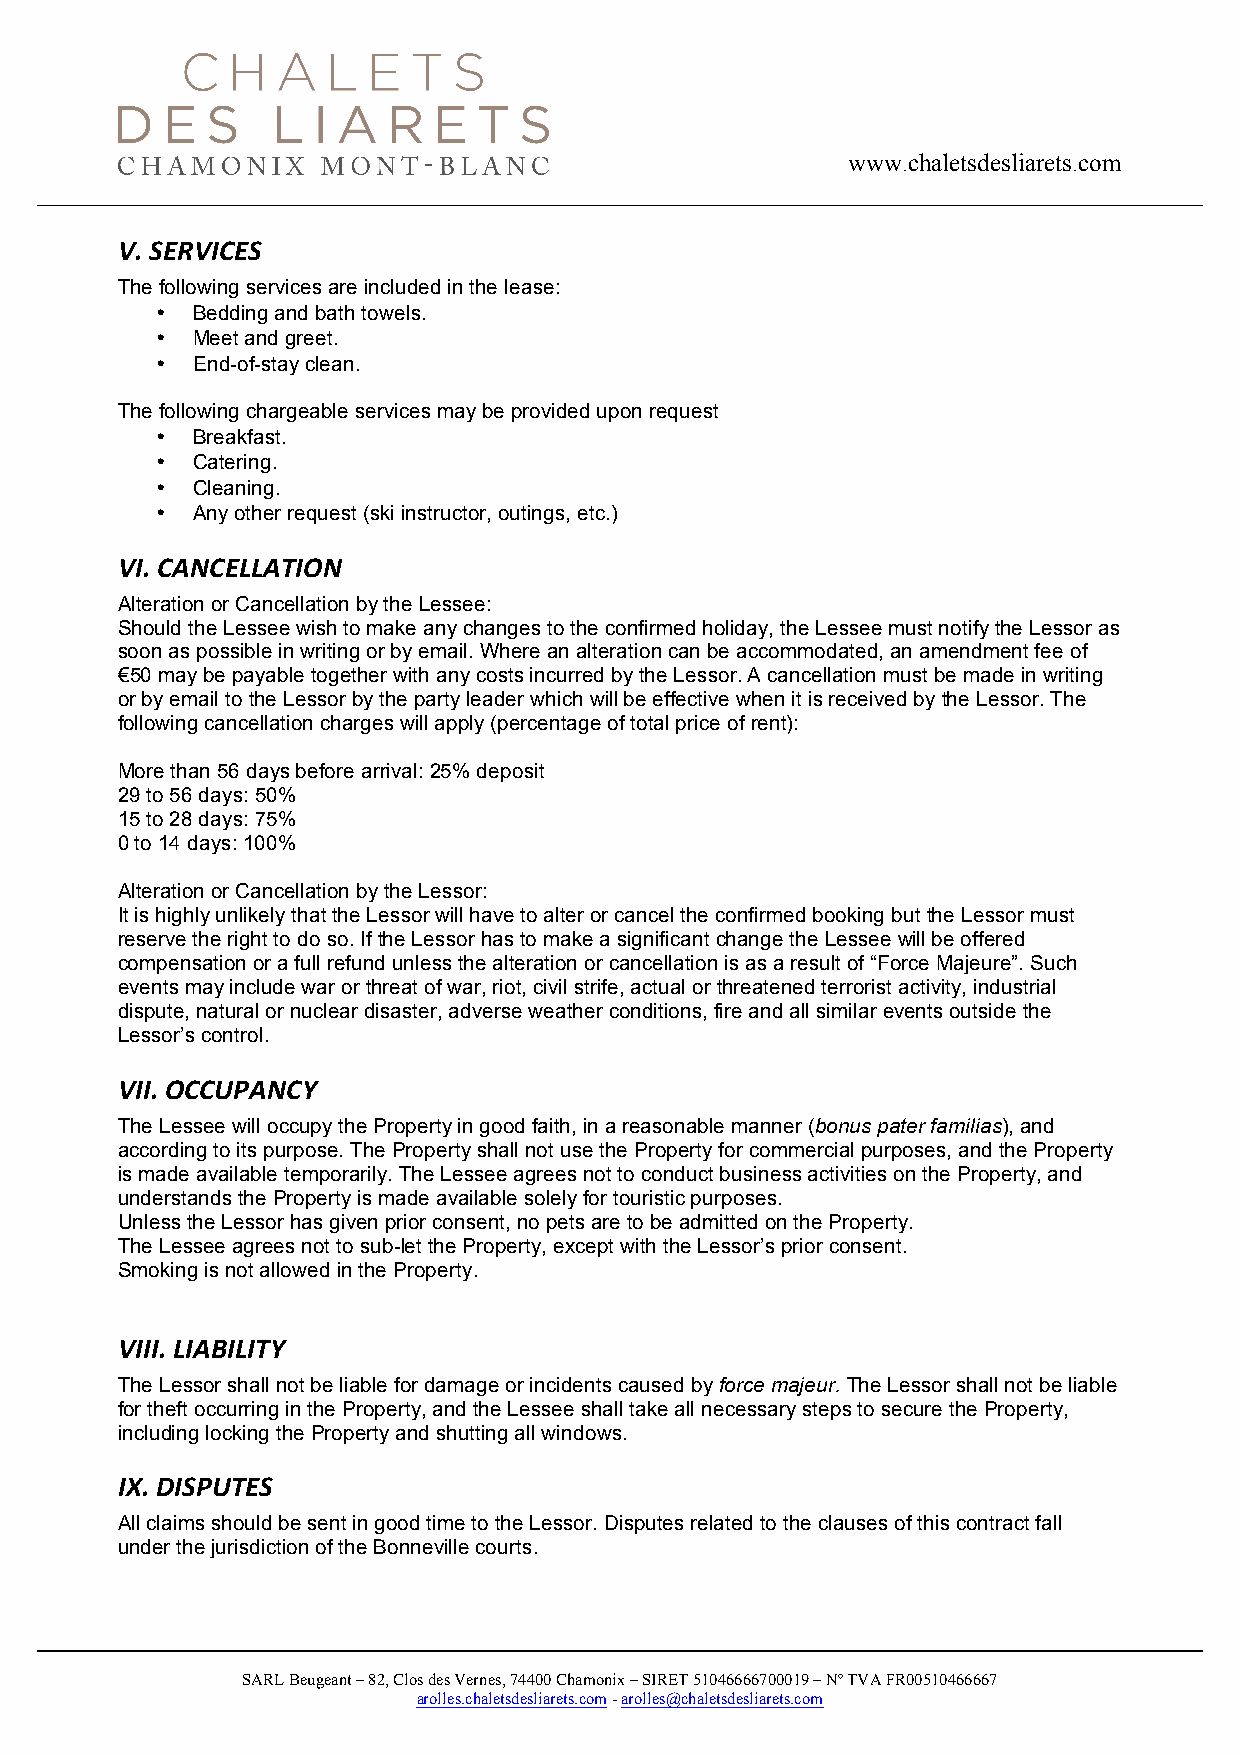
www.chaletsdesliarets.com
 V. SERVICES
 The following services are included in the lease:
 •  Bedding and bath towels.
 •  Meet and greet.
 •  End-of-stay clean.
 The following chargeable services may be provided upon request
 •  Breakfast.
 •  Catering.
 •  Cleaning.
 •  Any other request (ski instructor, outings, etc.)
 VI. CANCELLATION
 Alteration or Cancellation by the Lessee:
 Should the Lessee wish to make any changes to the confirmed holiday, the Lessee must notify the Lessor as
 soon as possible in writing or by email. Where an alteration can be accommodated, an amendment fee of
 €50 may be payable together with any costs incurred by the Lessor. A cancellation must be made in writing
 or by email to the Lessor by the party leader which will be effective when it is received by the Lessor. The
 following cancellation charges will apply (percentage of total price of rent):
 More than 56 days before arrival: 25% deposit
 29 to 56 days: 50%
 15 to 28 days: 75%
 0 to 14 days: 100%
 Alteration or Cancellation by the Lessor:
 It is highly unlikely that the Lessor will have to alter or cancel the confirmed booking but the Lessor must
 reserve the right to do so. If the Lessor has to make a significant change the Lessee will be offered
 compensation or a full refund unless the alteration or cancellation is as a result of “Force Majeure”. Such
 events may include war or threat of war, riot, civil strife, actual or threatened terrorist activity, industrial
 dispute, natural or nuclear disaster, adverse weather conditions, fire and all similar events outside the
 Lessor’s control.
 VII. OCCUPANCY
 The Lessee will occupy the Property in good faith, in a reasonable manner (bonus pater familias), and
 according to its purpose. The Property shall not use the Property for commercial purposes, and the Property
 is made available temporarily. The Lessee agrees not to conduct business activities on the Property, and
 understands the Property is made available solely for touristic purposes.
 Unless the Lessor has given prior consent, no pets are to be admitted on the Property.
 The Lessee agrees not to sub-let the Property, except with the Lessor’s prior consent.
 Smoking is not allowed in the Property.
 VIII. LIABILITY
 The Lessor shall not be liable for damage or incidents caused by force majeur. The Lessor shall not be liable
 for theft occurring in the Property, and the Lessee shall take all necessary steps to secure the Property,
 including locking the Property and shutting all windows.
 IX. DISPUTES
 All claims should be sent in good time to the Lessor. Disputes related to the clauses of this contract fall
 under the jurisdiction of the Bonneville courts.
 SARL Beugeant – 82, Clos des Vernes, 74400 Chamonix – SIRET 51046666700019 – Nº TVA FR00510466667
 arolles.chaletsdesliarets.com - arolles@chaletsdesliarets.com